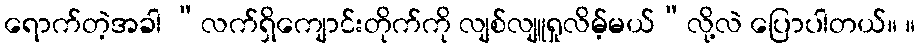
ရောက်တဲ့အခါ “လက်ရှိကျောင်းတိုက်ကို လျစ်လျူရှုလိမ့်မယ်”လို့လဲ ပြောပါတယ်။ ။